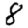
Digit: 8